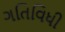
ગતિવિધી